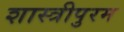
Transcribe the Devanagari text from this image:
शास्त्रीपुरम